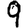
Digit: 9